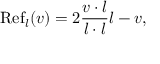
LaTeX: \operatorname { R e f } _ { l } ( v ) = 2 { \frac { v \cdot l } { l \cdot l } } l - v ,